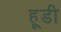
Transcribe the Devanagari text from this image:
हूडी